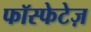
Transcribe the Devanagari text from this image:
फॉस्फेटेज़